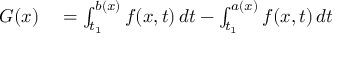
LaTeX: \begin{array} { r l } { G ( x ) } & { { } = \int _ { t _ { 1 } } ^ { b ( x ) } f ( x , t ) \, d t - \int _ { t _ { 1 } } ^ { a ( x ) } f ( x , t ) \, d t } \end{array}